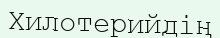
Хилотерийдің